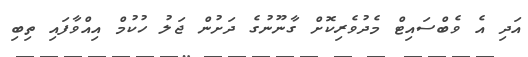
އަދި އެ ވެބްސައިޓް މެދުވެރިކޮށް ގާނޫނުގެ ދަށުން ޖަލު ހުކުމް އިއްވާފައި ތިބި